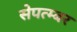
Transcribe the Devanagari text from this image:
सेपत्म्बर